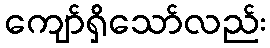
ကျော်ရှိသော်လည်း